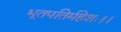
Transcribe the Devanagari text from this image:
भूतपतिर्महेशः।।